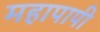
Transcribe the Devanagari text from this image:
महापापी